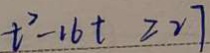
t ^ { 2 } - 1 6 t \geq 2 7